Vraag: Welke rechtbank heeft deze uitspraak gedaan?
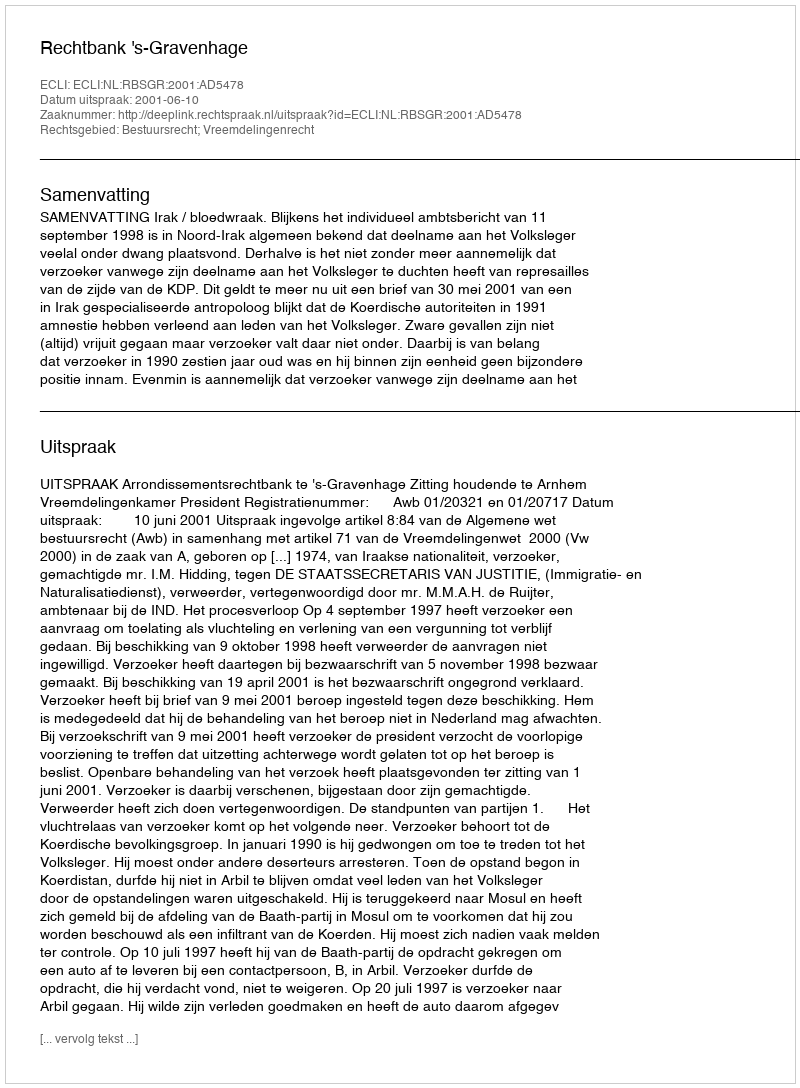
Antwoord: Rechtbank 's-Gravenhage